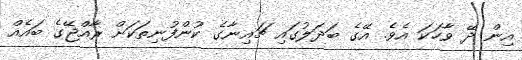
އިން ދޭ ވާހަކަ އެވެ. އޭގެ ބަދަލުގައި ޗައިނާގެ ކުންފުނިތަކަށް ރާއްޖޭގެ ބައެއް